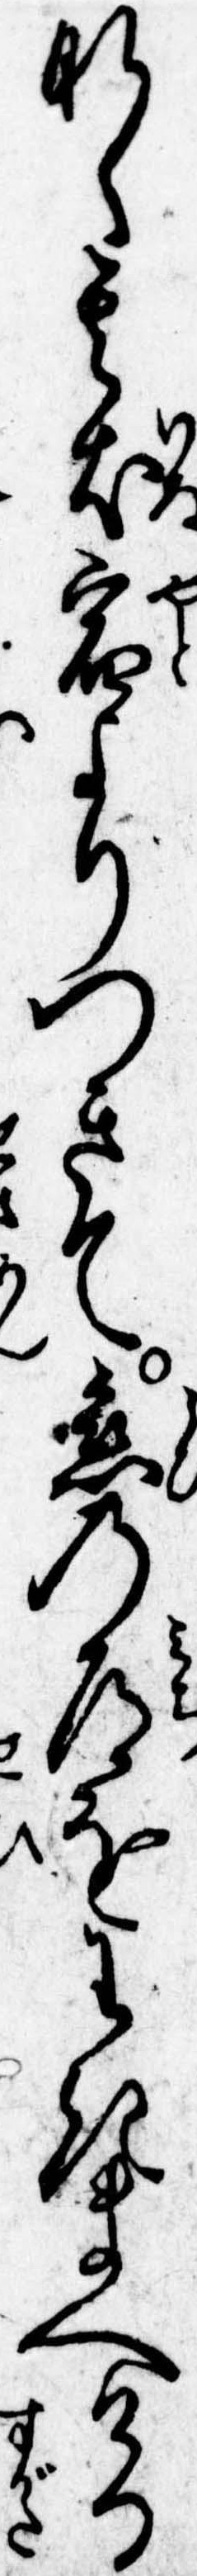
なく其犬宿よりつきて恋の道をわきまへける